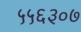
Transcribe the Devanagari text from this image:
५५६३०७